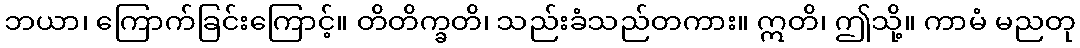
ဘယာ၊ ကြောက်ခြင်းကြောင့်။ တိတိက္ခတိ၊ သည်းခံသည်တကား။ ဣတိ၊ ဤသို့။ ကာမံ မညတု